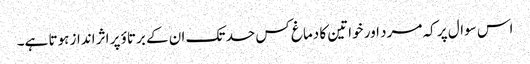
اس سوال پر کہ مرد اور خواتین کا دماغ کس حد تک ان کے برتاؤ پر اثر انداز ہوتا ہے۔